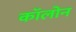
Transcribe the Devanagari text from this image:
काॅलोन